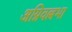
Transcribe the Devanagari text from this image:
अग्निवल्लभा